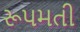
રૂપમતી